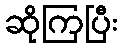
ဆိုကြပြီး